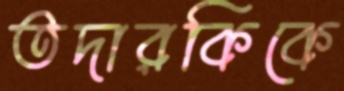
তদারকিকে